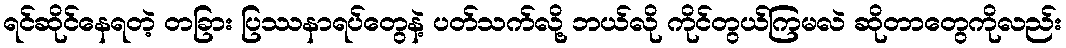
ရင်ဆိုင်နေရတဲ့ တခြား ပြဿနာရပ်တွေနဲ့ ပတ်သက်လို့ ဘယ်လို ကိုင်တွယ်ကြမလဲ ဆိုတာတွေကိုလည်း